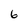
Character: 6